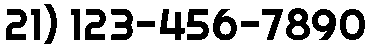
21) 123-456-7890